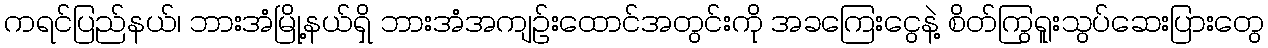
ကရင်ပြည်နယ်၊ ဘားအံမြို့နယ်ရှိ ဘားအံအကျဉ်းထောင်အတွင်းကို အခကြေးငွေနဲ့ စိတ်ကြွရူးသွပ်ဆေးပြားတွေ